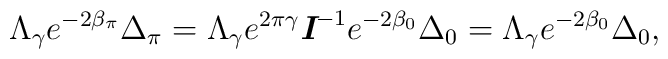
\Lambda _{\gamma}e^{-2\beta _\pi }\Delta _\pi  = \Lambda _{\gamma}e^{2\pi\gamma}\textit{\textbf{I}}^{-1}e^{-2\beta _0}\Delta _0 = \Lambda _{\gamma}e^{-2\beta _0}\Delta _0,